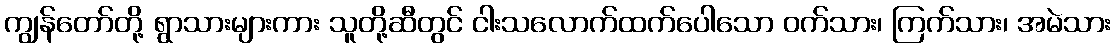
ကျွန်တော်တို့ ရွာသားများကား သူတို့ဆီတွင် ငါးသလောက်ထက်ပေါသော ဝက်သား၊ ကြက်သား၊ အမဲသား